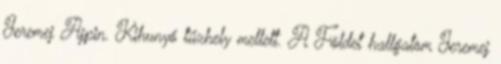
Jeremej Ajpin. Kihunyó tűzhely mellett. A Földet hallgatom Jeremej